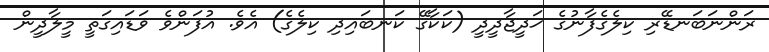
ރަންނަބަނޑޭރި ކިލެގެފާނުގެ ޚަދީޖާދީދީ (ކަކާގޭ ކަނބައިދި ކިލެގެ) އެވެ. އުފަންވެ ވަޑައިގަތީ މީލާދީން